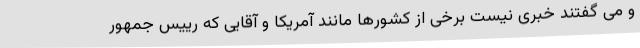
و می گفتند خبری نیست برخی از کشورها مانند آمریکا و آقایی که رییس جمهور